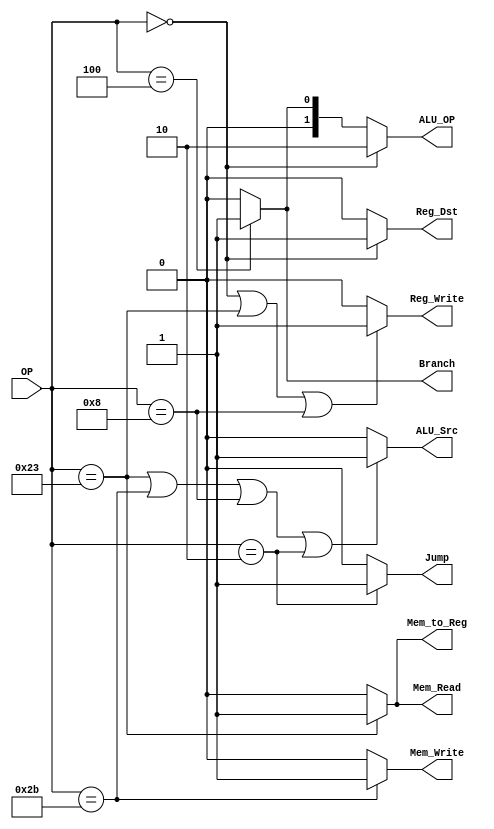
`timescale 1ns / 1ps

module Decoder(OP, Reg_Dst, Jump, Branch, Mem_Read, Mem_to_Reg, ALU_OP, Mem_Write, ALU_Src, Reg_Write);

	input [5:0] OP;
	output wire Reg_Dst, Jump, Branch, Mem_Read, Mem_to_Reg, Mem_Write, ALU_Src, Reg_Write;
	output wire [1:0] ALU_OP;
	
	/////  OP Code  /////
	//  R-type 000000  //
	//  load   100011  //
	//  store  101011  //
	//  beq    000100  //
	//  addi   001000  //
	//  j      000010  //
	/////////////////////
	
    parameter
    R_type = 6'b000000,
    load   = 6'b100011,
    store  = 6'b101011,
    beq    = 6'b000100,
    addi   = 6'b001000,
    jump   = 6'b000010;
    
    
	assign Reg_Dst = (OP == 6'b000000) ? 1 : 0;
	assign Mem_Read = (OP == 6'b100011) ? 1 : 0;
	assign Mem_to_Reg = (OP == 6'b100011) ? 1 : 0;
	assign Mem_Write = (OP == 6'b101011) ? 1 : 0;
	
	////  ALUOP  ////
	//  R-type 10  //
	//  beq    01  //
	//  else   00  //
	/////////////////
	
	assign ALU_Src = (OP==load  || // load
                      OP==store || // store
                      OP==addi  || // addi
                      OP==jump)   // j
                      ? 1 : 0;
                      
	assign Reg_Write = (OP==R_type ||
                        OP==load   ||
                        OP==addi )
                        ? 1 : 0;
                        
	assign Jump = (OP==jump) 
                   ? 1 : 0;
                   
	assign Branch = (OP==beq)
                    ? 1 : 0;
	assign ALU_OP = (OP==R_type) ? 2'b10 :
                    (OP==beq)    ? 2'b01 : 2'b0;
                    
                    
    
endmodule